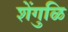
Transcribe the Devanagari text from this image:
शेंगुळि